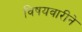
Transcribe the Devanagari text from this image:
विषयवारीने